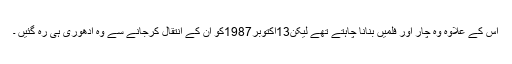
اس کے علاوہ وہ چار اور فلمیں بنانا چاہتے تھے لیکن13اکتوبر1987کو ان کے انتقال کرجانے سے وہ ادھوری ہی رہ گئیں ۔